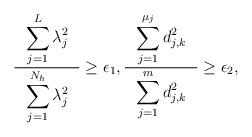
LaTeX: \begin{align*}\displaystyle \frac{\displaystyle\ \ \sum_{j=1}^L \lambda_j^2\ \ }{\displaystyle\sum_{j=1}^{N_h} \lambda_j^2}\ge \epsilon_1,\frac{\ \ \displaystyle \sum_{j=1}^{\mu_j} d_{j, k}^2\ \ }{\displaystyle \sum_{j=1}^{m} d_{j, k}^2}\ge \epsilon_2,\end{align*}